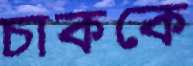
চাককে